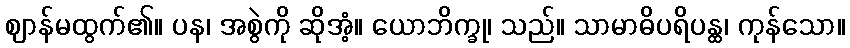
ဈာန်မထွက်၏။ ပန၊ အစွဲကို ဆိုအံ့။ ယောဘိက္ခု၊ သည်။ သာမာဓိပရိပန္ထ၊ ကုန်သော။